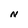
Character: N